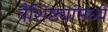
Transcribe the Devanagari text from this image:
वैशिष्ठ्यांमध्ये